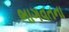
ભાગવતના